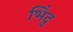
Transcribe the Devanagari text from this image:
भिंदु